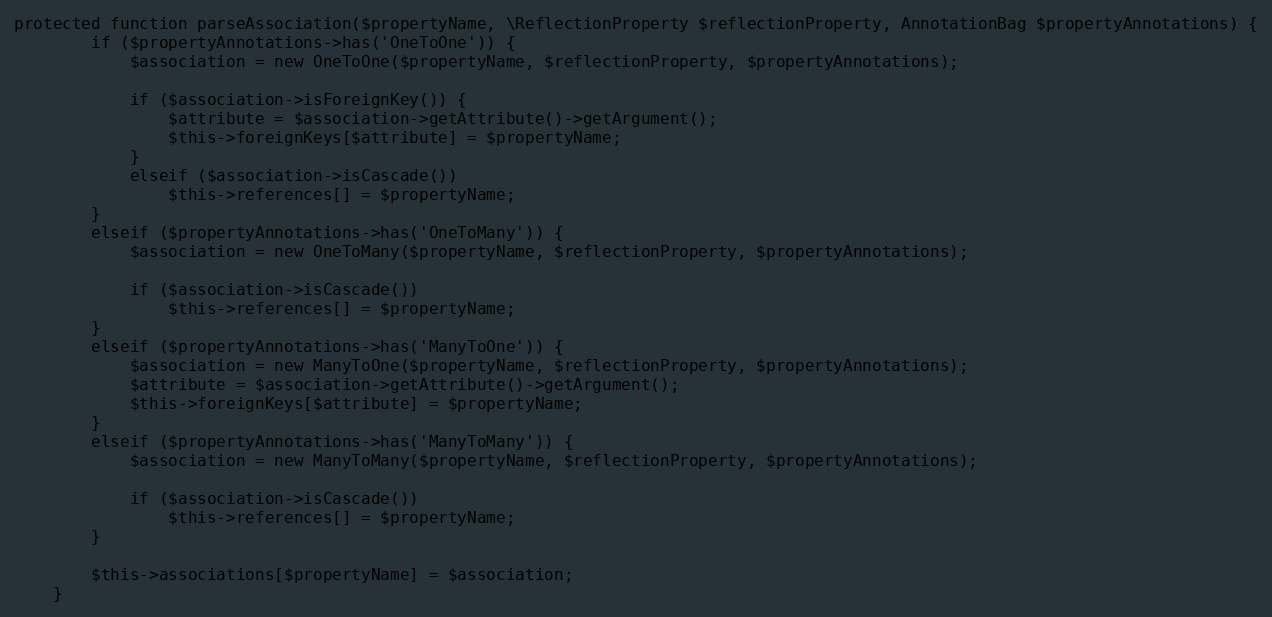
Language: PHP
protected function parseAssociation($propertyName, \ReflectionProperty $reflectionProperty, AnnotationBag $propertyAnnotations) {
		if ($propertyAnnotations->has('OneToOne')) {
			$association = new OneToOne($propertyName, $reflectionProperty, $propertyAnnotations);

			if ($association->isForeignKey()) {
				$attribute = $association->getAttribute()->getArgument();
				$this->foreignKeys[$attribute] = $propertyName;
			}
			elseif ($association->isCascade())
				$this->references[] = $propertyName;
		}
		elseif ($propertyAnnotations->has('OneToMany')) {
			$association = new OneToMany($propertyName, $reflectionProperty, $propertyAnnotations);

			if ($association->isCascade())
				$this->references[] = $propertyName;
		}
		elseif ($propertyAnnotations->has('ManyToOne')) {
			$association = new ManyToOne($propertyName, $reflectionProperty, $propertyAnnotations);
			$attribute = $association->getAttribute()->getArgument();
			$this->foreignKeys[$attribute] = $propertyName;
		}
		elseif ($propertyAnnotations->has('ManyToMany')) {
			$association = new ManyToMany($propertyName, $reflectionProperty, $propertyAnnotations);

			if ($association->isCascade())
				$this->references[] = $propertyName;
		}

		$this->associations[$propertyName] = $association;
	}